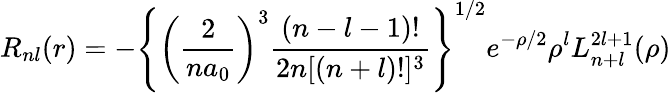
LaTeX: R_{nl}(r)=-\left\{ \left(\frac{2}{na_{0}}\right)^{3}\frac{(n-l-1)!}{2n[(n+l)!]^{3}}\right\} ^{1/2}e^{-\rho/2}\rho^{l}L_{n+l}^{2l+1}(\rho)